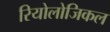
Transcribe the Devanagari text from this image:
रियोलोजिकल